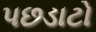
પછડાટો